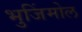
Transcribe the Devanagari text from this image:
भुजिंमोल